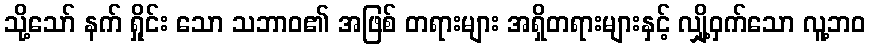
သို့သော် နက် ရှိုင်း သော သဘာဝ၏ အဖြစ် တရားများ အရှိတရားများနှင့် လျှို့ဝှက်သော လူ့ဘဝ